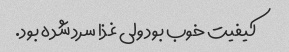
کیفیت خوب بود ولی غذا سرد شده بود.